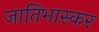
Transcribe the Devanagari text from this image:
जातिभास्कर